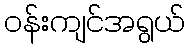
ဝန်းကျင်အရွယ်